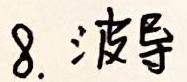
8. 波导